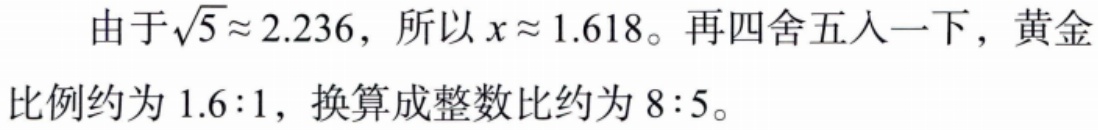
由于\(\sqrt{5}\approx 2.236\)，所以\(x\approx 1.618\)。再四舍五入一下，黄金比例约为\(1.6:1\)，换算成整数比约为\(8:5\)。